Laimjala_vallavalitsus, lk 6
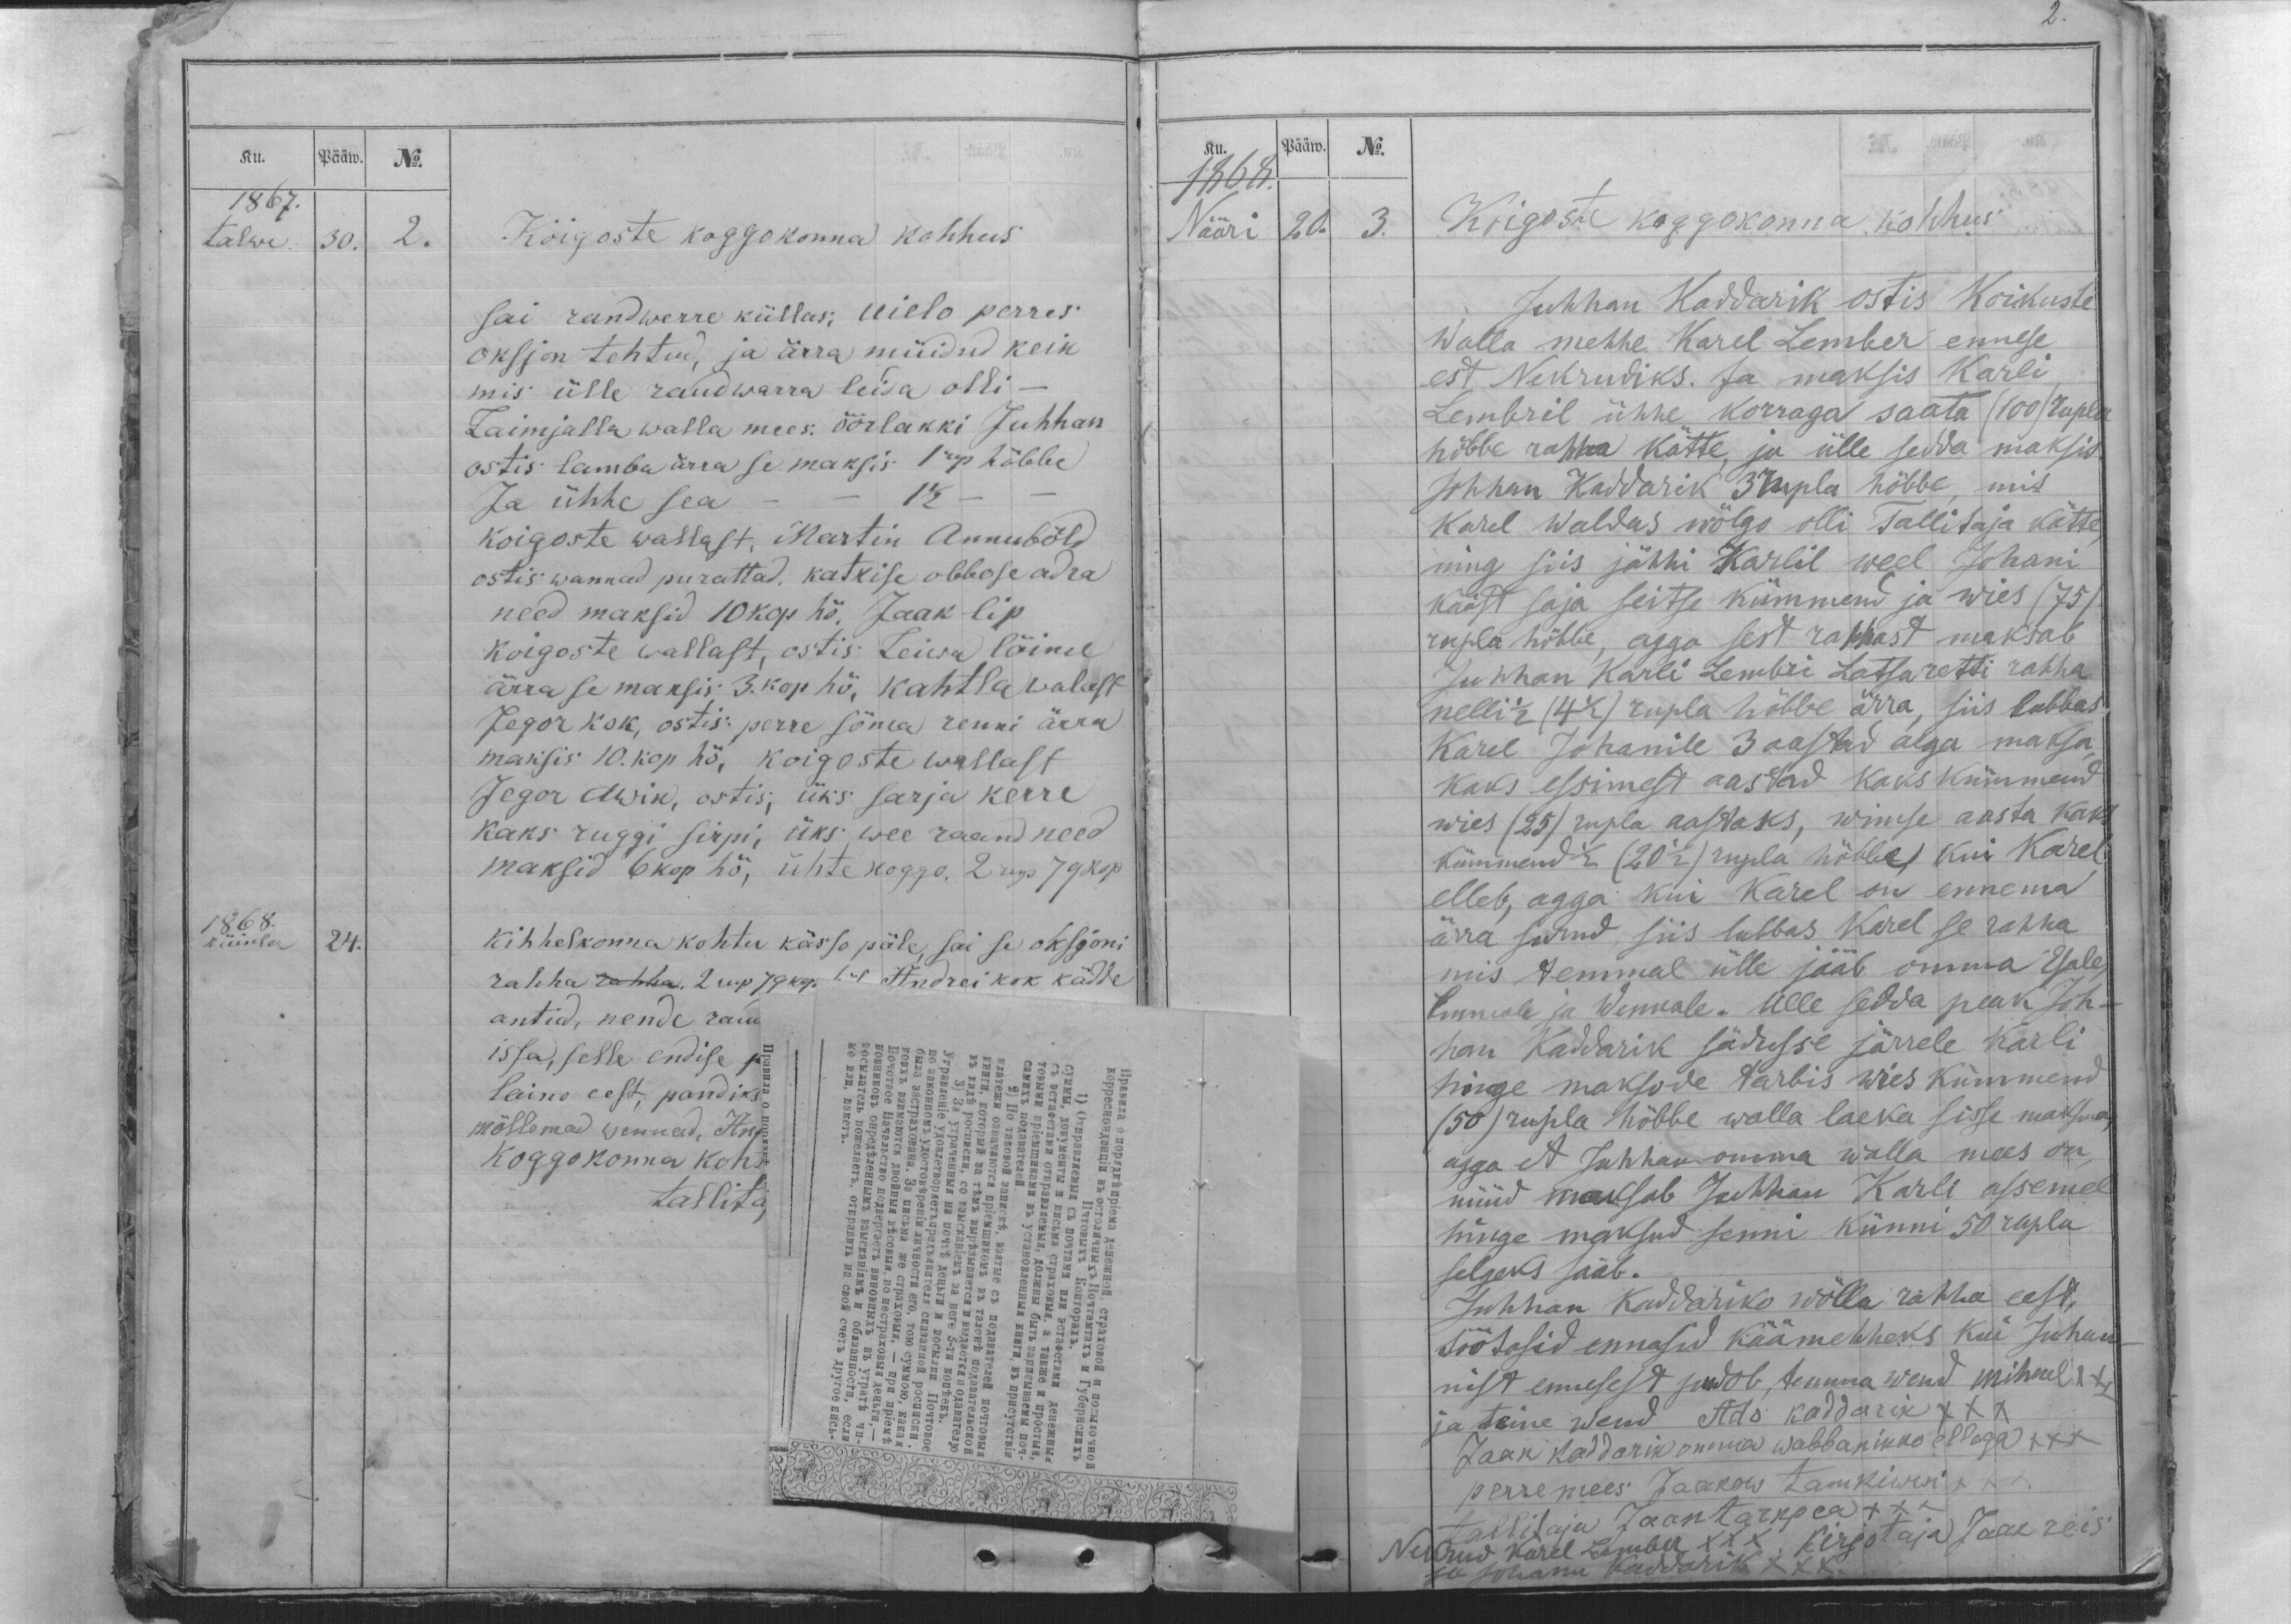
Ku.
Pääw.
No.
1867.
talwe.
30.
2.
Koigoste koggokonna kohhus
sai randwerre küllas, Uielo perres
oksjon tehtud, ja ärra müidud keik
mis ülle raudwarra leida olli -
Laimjalla walla mees: öörlakki Juhhan
ostis lamba ärra se maksis 1 rup hõbbe
Ja ühhe sea - - 1 1/2 - -
Koigoste wallast, Martin Annubõld
ostis wannad purattad, katkise obbose adra
need maksid 10 kop. hõ. Jaak lip
koigoste wallast, ostis Leiwa lõime
ärra se maksis 3. kop hõ, kahtla walast
Jegor kok, ostis: perre söma renni ärra
maksis 10. kop hõ, koigoste wallast
Jegor Awik, ostis, üks sarja kerre
kaks ruggi sirpi, üks wee raand need
maksid 6 kop hõ, ühte koggo. 2 rup 79 kop

Ku.
Pääw.
No.
1868.
Nääri
20.
3.
Koigoste koggokonna kohhus
Juhhan Kaddarik ostis Koikuste
Walla mehhe Karel Lember ennese
est Nekrudiks. Ja maksis Karli
Lembril ühhe korraga saata (100) rupla
hõbbe rahha kätte, ja ülle sedda maksis
Johhan Kaddarik 3 rupla hõbbe, mis
Karel Waldas wõlgo olli Tallitaja kätte,
ning siis jähhi Karlil weel Johani
kääst saja seitse kümmend ja wies (75)
rupla hõbbe, agga sest rahhast maksab
Juhhan Karli Lembri Latsaretti rahha
nelli 1/2 (4 1/2) rupla hõbbe ärra, siis lubbas
Karel Johanile 3 aastad aega maksa,
kaks essimest aastad kaks kümmend
wies (25) rupla aastaks, wimse aasta kaks
kümmend 1/2 (20 1/2) rupla hõbbe, kui Karel
elleb, agga kui Karel on ennema
ärra surnd, siis lubbas Karel se rahha
mis temmal ülle jääb omma Esale,
Emmale ja Wennale. Ulle sedda peak Joh-
han Kaddarik sädusse järrele Karli
hinge maksode tarbis wies kümmend
(50) rupla hõbbe walla laeka sisse maksma,
agga et Juhhan omma walla mees on,
nüüd maksab Juhhan Karli assemel
hinge maksud senni künni 50 rupla
selgeks saab.
Juhhan Kaddariko wõlla rahha eest,
töötasid ennasid käämehheks kui Juhan-
nist ennesest sudob, temma wend Mihkel XX,
ja teine wend Ado kaddarik XXX
Jaak Kaddarik omma wabbanikko elloga XXX
perremees Jaakow Tamkiwwi XXX
tallitaja Jaan tarkpea XXX
Nekrud Karel Lember XXX. Kirjotaja Jaak reis
ja Johann Kaddarik XXX.